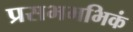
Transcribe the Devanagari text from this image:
प्रसभमभिकं